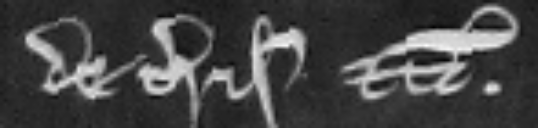
de terris etc.